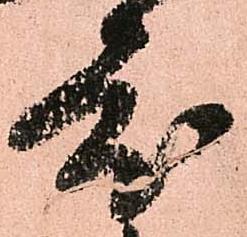
度